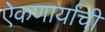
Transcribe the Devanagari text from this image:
ऐकणार्यांची